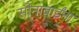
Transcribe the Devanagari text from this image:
सोनाबाईंना